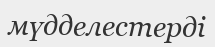
мүдделестерді